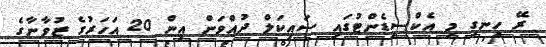
ރޭ ހިނގި މި އެކްސިޑެންޓުގައި ސައިކަލް ދުއްވަން އިން 20 އަހަރުގެ ޒުވާނާގެ